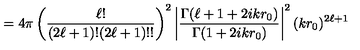
= 4 \pi \left( { \frac { \ell ! } { ( 2 \ell + 1 ) ! ( 2 \ell + 1 ) ! ! } } \right) ^ { 2 } \left| { \frac { \Gamma ( \ell + 1 + 2 i k r _ { 0 } ) } { \Gamma ( 1 + 2 i k r _ { 0 } ) } } \right| ^ { 2 } ( k r _ { 0 } ) ^ { 2 \ell + 1 }